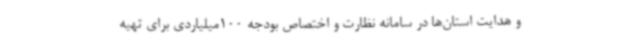
و هدایت استان‌ها در سامانه نظارت و اختصاص بودجه 100میلیاردی برای تهیه